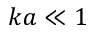
k a \ll 1